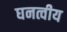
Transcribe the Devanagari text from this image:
घनत्वीय